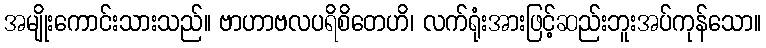
အမျိုးကောင်းသားသည်။ ဗာဟာဗလပရိစိတေဟိ၊ လက်ရုံးအားဖြင့်ဆည်းဘူးအပ်ကုန်သော။